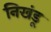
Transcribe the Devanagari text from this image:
निखंडू